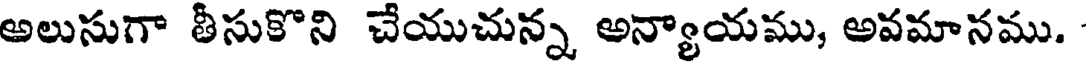
అలుసుగా తీసుకొని చేయుచున్న అన్యాయము, అవమానము.